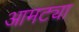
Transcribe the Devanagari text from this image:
आमट्या